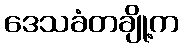
ဒေသခံတချို့က